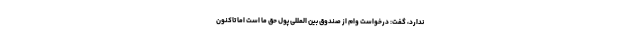
ندارد، گفت: درخواست وام از صندوق بین المللی پول حق ما است اما تاکنون